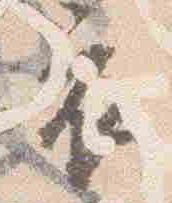
衣